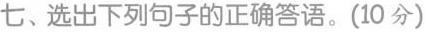
七、选出下列句子的正确答语。(10分)